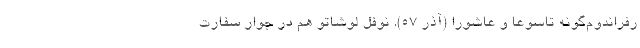
رفراندوم‌گونه تاسوعا و عاشورا (آذر 57). نوفل لوشاتو هم در جوار سفارت